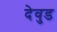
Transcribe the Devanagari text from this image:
देवुड